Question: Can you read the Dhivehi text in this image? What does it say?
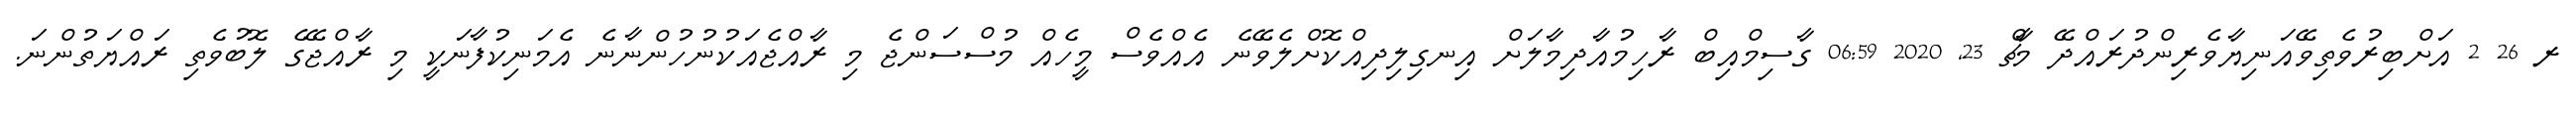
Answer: ރ 26 2 އަށްބިރުވެތިވޭއަނިޔާވެރިންދުރައްދޭ މާޗް 23, 2020 06:59 ގާސިމްއިބް ރާހިމުއާދިމާލަށް އިނގިލިދިއްކޮށްލެވޭނެ އެއްވެސް މީހެއް މުސްސަންޖެ މި ރާއްޖެއަކުނުހުންނާނެ އެމަނިކުފާނަކީ މި ރާއްޖޭގެ ލޮބުވެތި ރައްޔަތުންނަ.